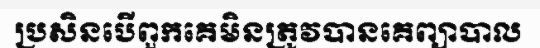
ប្រសិនបើពួកគេមិនត្រូវបានគេព្យាបាល